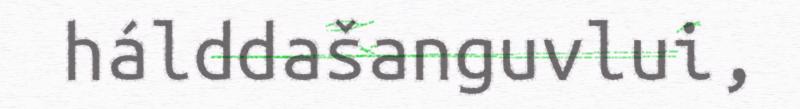
hálddašanguvlui,